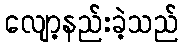
လျော့နည်းခဲ့သည်